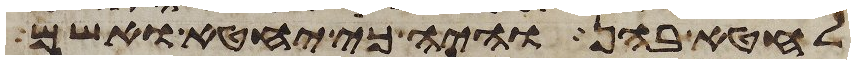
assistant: לחטא בהן והיה כי יחטא ואשם